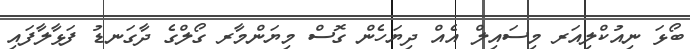
ބޯޅަ ނިއުކްލިއަރ މިސައިލް އެއް ދިޔަހެން ގޮސް މިޔަންމާރ ގޯލްގެ ދާގަނޑު ފަޅާލާފައި